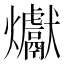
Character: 𪺉